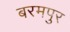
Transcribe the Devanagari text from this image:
बरमपुर